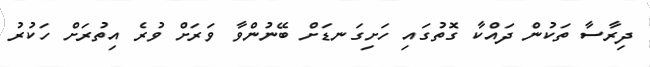
ދިރާސާ ތަކުން ދައްކާ ގޮތުގައި ހަށިގަނޑަށް ބޭނުންވާ ވަރަށް ވުރެ އިތުރަށް ހަކުރު